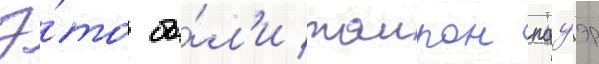
Э́то бы́л'и таирон пауэр